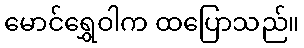
မောင်ရွှေဝါက ထပြောသည်။